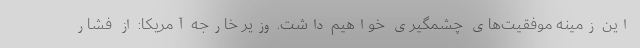
این زمینه موفقیت‌های چشمگیری خواهیم داشت. وزیر خارجه آمریکا: از فشار